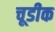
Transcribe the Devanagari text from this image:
चूडीक